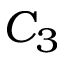
C _ { 3 }